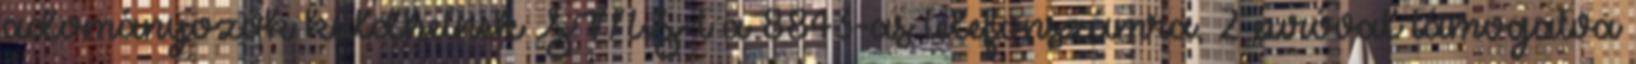
adományozók küldhetnek SMS-t a 8843-as telefonszámra, 2 euróval támogatva